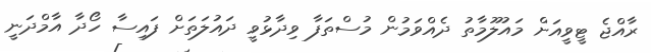
ރާއްޖެ ޓީވީއަށް މައުލޫމާތު ދެއްވަމުން މުސްތަފާ ވިދާޅުވީ ދައުލަތަށް ފައިސާ ހޯދާ އާމްދަނީ